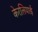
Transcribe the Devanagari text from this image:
केरलियाई